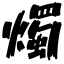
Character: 燭